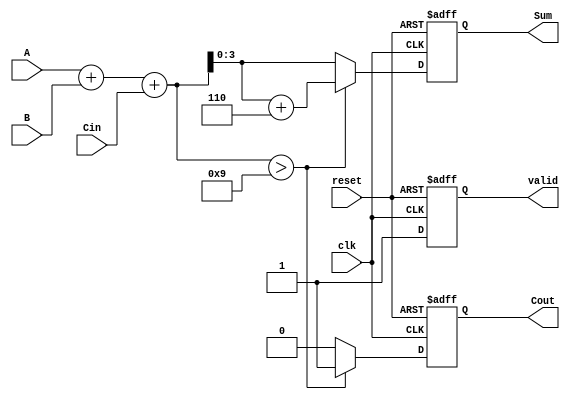
module BCD_Sequential_Adder (
    input  wire [3:0] A,        // BCD digit A
    input  wire [3:0] B,        // BCD digit B
    input  wire Cin,            // Carry-in
    input  wire clk,            // Clock signal
    input  wire reset,          // Reset signal
    output reg  [3:0] Sum,      // BCD result
    output reg  Cout,           // Carry-out
    output reg  valid           // Valid output signal
);

    // Internal signals
    reg [4:0] internal_sum;     // Temporary storage for the sum (5 bits to handle carry)

    // State machine to handle addition and correction
    always @(posedge clk or posedge reset) begin
        if (reset) begin
            Sum   <= 4'b0000;    // Reset Sum to 0
            Cout  <= 1'b0;       // Reset Cout to 0
            valid <= 1'b0;       // Reset valid signal
        end else begin
            // Perform addition
            internal_sum = A + B + Cin;

            // Check for BCD correction (if sum > 9)
            if (internal_sum > 9) begin
                internal_sum = internal_sum + 5'd6; // BCD correction
                Cout = 1'b1;                         // Set carry out
            end else begin
                Cout = 1'b0;                         // No carry out
            end
            
            // Assign the lower 4 bits to Sum
            Sum = internal_sum[3:0];

            // Indicate that the result is valid
            valid = 1'b1;
        end
    end

endmodule